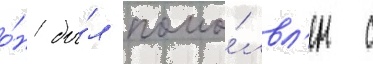
о́н бы́л помо́лвл'ен с